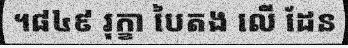
។៨៤៩ រុក្ខា បៃតង លើ ដែន